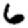
Digit: 6